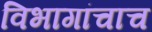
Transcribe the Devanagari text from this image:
विभागांचाच